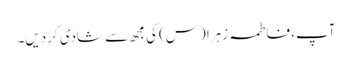
آپ، فاطمہ زہرا (س) کی مجھ سے شادی کردیں۔